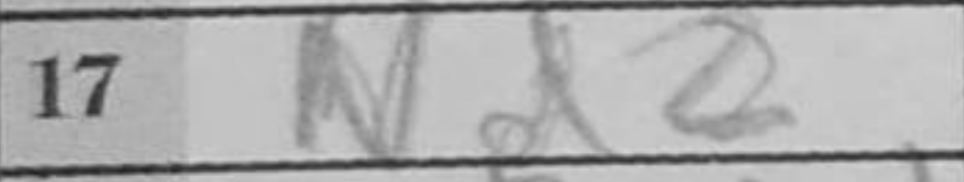
Transcription: Nd2